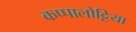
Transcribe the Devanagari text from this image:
कप्पालोट्टिया